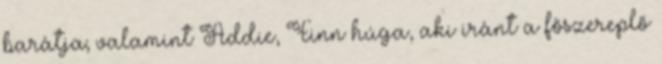
barátja; valamint Addie, Finn húga, aki iránt a főszereplő